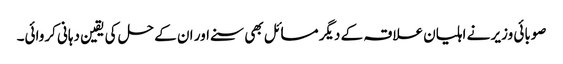
صوبائی وزیر نے اہلیان علاقہ کے دیگر مسائل بھی سنے اور ان کے حل کی یقین دہانی کروائی۔